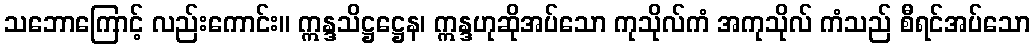
သဘောကြောင့် လည်းကောင်း။ ဣန္ဒသိဋ္ဌဋ္ဌေန၊ ဣန္ဒဟုဆိုအပ်သော ကုသိုလ်ကံ အကုသိုလ် ကံသည် စီရင်အပ်သော